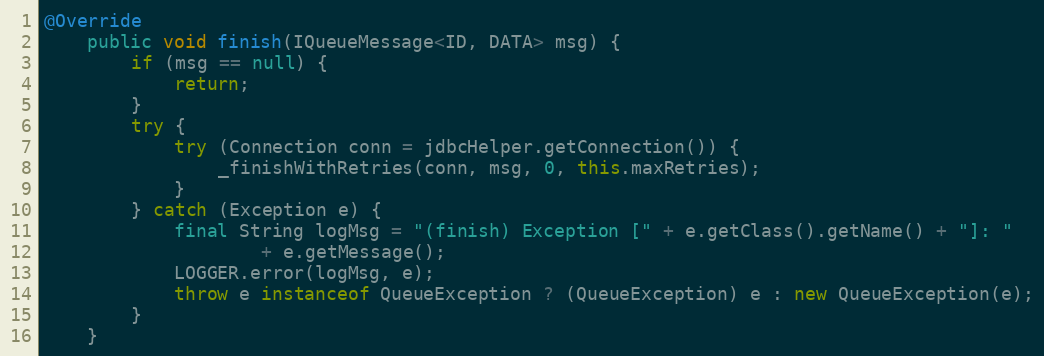
Language: Java
@Override
    public void finish(IQueueMessage<ID, DATA> msg) {
        if (msg == null) {
            return;
        }
        try {
            try (Connection conn = jdbcHelper.getConnection()) {
                _finishWithRetries(conn, msg, 0, this.maxRetries);
            }
        } catch (Exception e) {
            final String logMsg = "(finish) Exception [" + e.getClass().getName() + "]: "
                    + e.getMessage();
            LOGGER.error(logMsg, e);
            throw e instanceof QueueException ? (QueueException) e : new QueueException(e);
        }
    }